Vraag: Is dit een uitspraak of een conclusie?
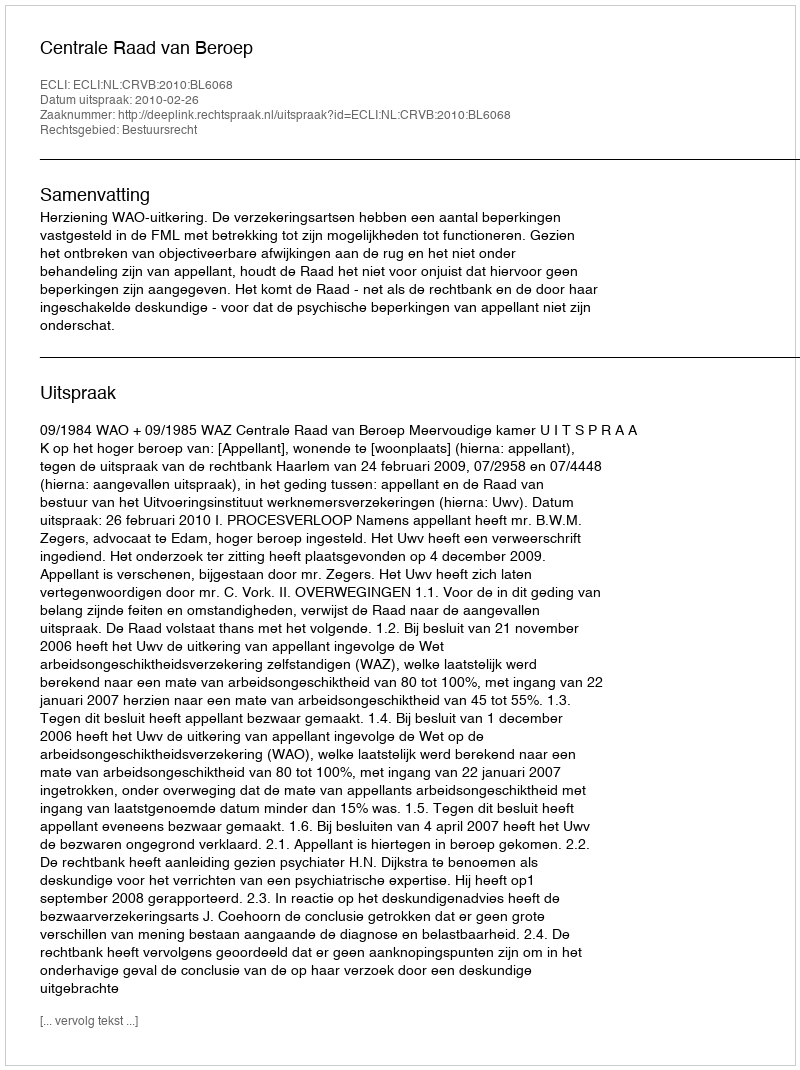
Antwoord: Uitspraak